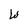
Character: W